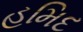
હમિદ